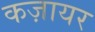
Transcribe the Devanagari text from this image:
कज़ायर